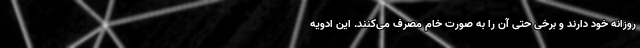
روزانه خود دارند و برخی حتی آن را به صورت خام مصرف می‌کنند. این ادویه